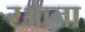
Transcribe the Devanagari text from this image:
रआना